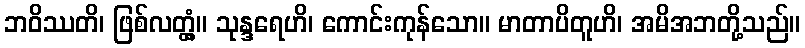
ဘဝိဿတိ၊ ဖြစ်လတ္တံ့။ သုန္ဒရေဟိ၊ ကောင်းကုန်သော။ မာတာပိတူဟိ၊ အမိအဘတို့သည်။